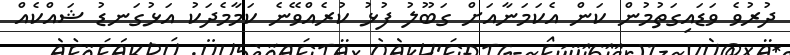
ދުރުވެ ވަޑައިގަތުމުން ކަން އެކަމަނާއަށް ގަބޫލު ފުޅު ކުރެއްވޭނެ ކަމާމެދަކު އަޅުގަނޑު ޝައްކެއް